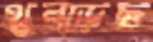
থুব্‌ড়েছ